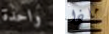
واحدة ماذا